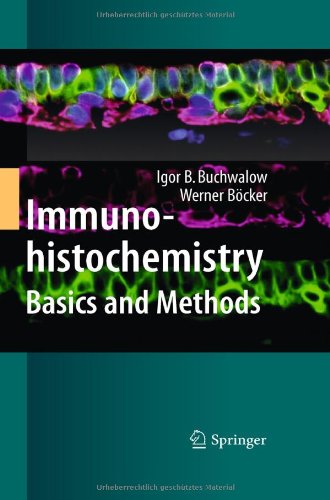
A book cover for Immunohistochemistry: Basics and Methods; Igor B. Buchwalow; Medical Books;